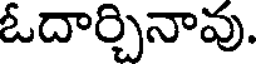
ఓదార్చినావు.